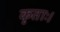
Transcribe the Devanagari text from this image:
कृताः।